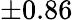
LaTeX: ±0.86